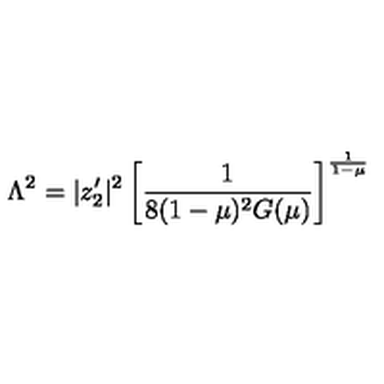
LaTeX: \Lambda ^ { 2 } = | z _ { 2 } ^ { \prime } | ^ { 2 } \left[ \frac { 1 } { 8 ( 1 - \mu ) ^ { 2 } G ( \mu ) } \right] ^ { \frac { 1 } { 1 - \mu } }